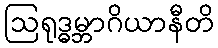
ဩရုဒ္ဓမ္ဘာဂိယာနီတိ